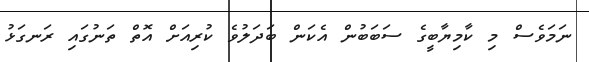
ނަމަވެސް މި ކާމިޔާބީގެ ސަބަބުން އެކަން ބަދަލުވެ ކުރިއަށް އޮތް ތަނުގައި ރަނގަޅު